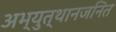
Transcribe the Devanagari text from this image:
अभ्युत्थानजनित